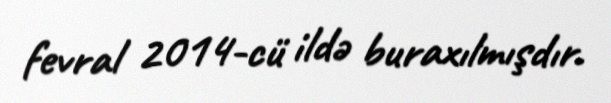
fevral 2014-cü ildə buraxılmışdır.